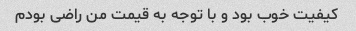
کیفیت خوب بود و با توجه به قیمت من راضی بودم